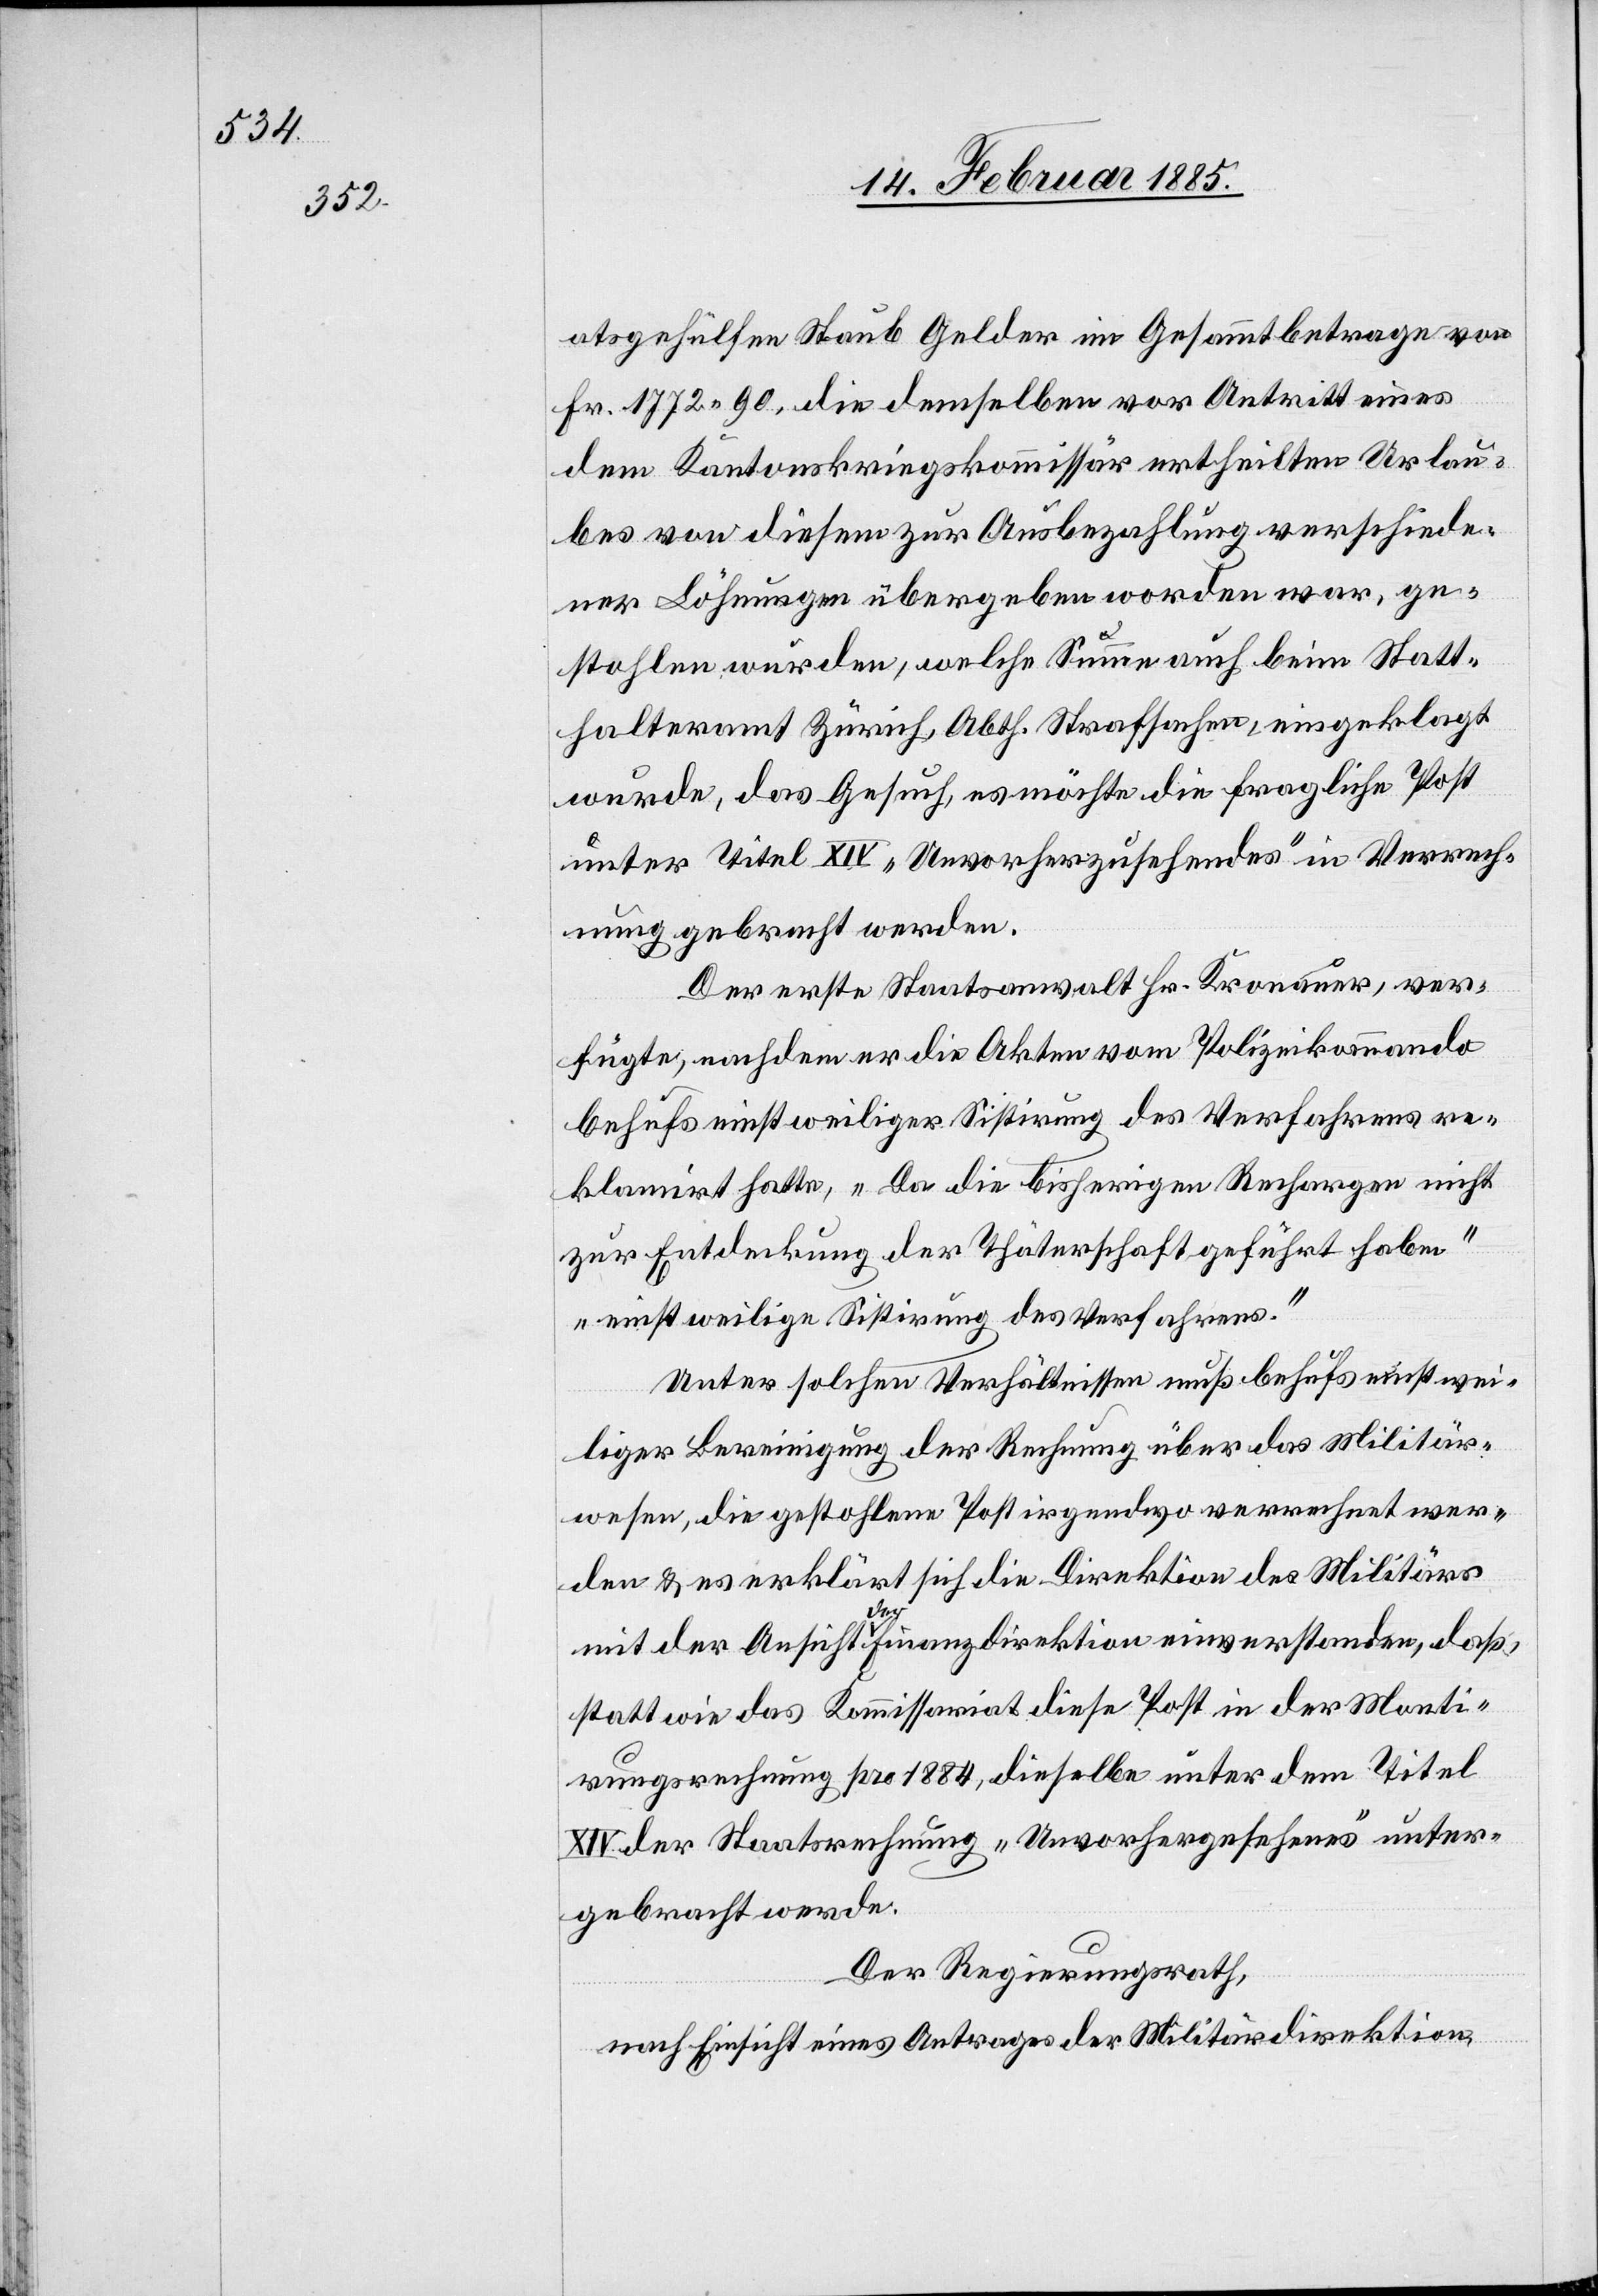
atsgehülfen Staub Gelder im Gesammtbetrage von
Fr. 1772 90, die demselben vor Antritt eines
dem Kantonskriegskommissär ertheilten Urlau¬
bes von diesem zur Ausbezahlung verschiede¬
ner Löhnungen übergeben worden war, ge¬
stohlen wurden, welche Summe auch beim Statt¬
halteramt Zürich, Abth. Strafsachen, eingeklagt
wurde, das Gesuch, es möchte die fragliche Post
unter Titel XIV „Unvorherzusehendes“ in Verrech¬
nung gebracht werden.
Der erste Staatsanwalt Hr. Kronauer, ver¬
fügte, nachdem er die Akten vom Polizeikommando
behufs nichtweiliger Sistirung des Verfahrens re¬
klamirt hatte, „Da die bisherigen Rechargen nicht
zur Entdeckung der Thäterschaft geführt haben“
„einstweilen Sistirung des Verfahrens.“
Unter solchen Verhältnissen muß behufs einstwei¬
liger Bereinigung der Rechnung über das Militär¬
wesen, die gestohlene Post irgendwo verrechnet wer¬
den & es erklärt sich die Direktion des Militärs
mit der Ansicht der Finanzdirektion einverstanden, daß
statt wie das Kommissariat diese Post in der Monti¬
rungsrechnung pro 1994, dieselbe unter dem Titel
der Staatsrechnung „Unvorhergesehenes“ unter¬
gebracht werde.
Der Regierungsrath,
nach Einsicht eines Antrages der Militärdirektion,